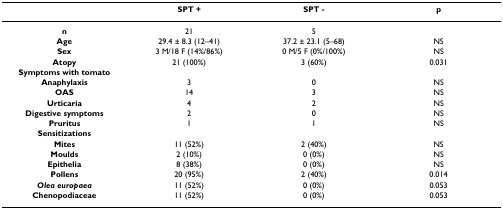
<table><thead><tr><td></td><td><b>SPT +</b></td><td><b>SPT -</b></td><td><b>p</b></td></tr></thead><tbody><tr><td><b>n</b></td><td>21</td><td>5</td><td></td></tr><tr><td><b>Age</b></td><td>29.4 ± 8.3 (12–41)</td><td>37.2 ± 23.1 (5–68)</td><td>NS</td></tr><tr><td><b>Sex</b></td><td>3 M/18 F (14%/86%)</td><td>0 M/5 F (0%/100%)</td><td>NS</td></tr><tr><td><b>Atopy</b></td><td>21 (100%)</td><td>3 (60%)</td><td>0.031</td></tr><tr><td><b>Symptoms with tomato</b></td><td></td><td></td><td></td></tr><tr><td><b>Anaphylaxis</b></td><td>3</td><td>0</td><td>NS</td></tr><tr><td><b>OAS</b></td><td>14</td><td>3</td><td>NS</td></tr><tr><td><b>Urticaria</b></td><td>4</td><td>2</td><td>NS</td></tr><tr><td><b>Digestive symptoms</b></td><td>2</td><td>0</td><td>NS</td></tr><tr><td><b>Pruritus</b></td><td>1</td><td>1</td><td>NS</td></tr><tr><td><b>Sensitizations</b></td><td></td><td></td><td></td></tr><tr><td><b>Mites</b></td><td>11 (52%)</td><td>2 (40%)</td><td>NS</td></tr><tr><td><b>Moulds</b></td><td>2 (10%)</td><td>0 (0%)</td><td>NS</td></tr><tr><td><b>Epithelia</b></td><td>8 (38%)</td><td>0 (0%)</td><td>NS</td></tr><tr><td><b>Pollens</b></td><td>20 (95%)</td><td>2 (40%)</td><td>0.014</td></tr><tr><td><b><i>Olea europaea</i></b></td><td>11 (52%)</td><td>0 (0%)</td><td>0.053</td></tr><tr><td><b>Chenopodiaceae</b></td><td>11 (52%)</td><td>0 (0%)</td><td>0.053</td></tr></tbody></table>